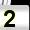
Digit: 2